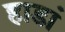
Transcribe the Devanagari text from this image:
हाडां